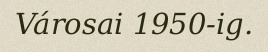
Városai 1950-ig.